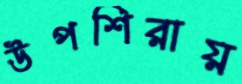
উপশিরায়